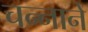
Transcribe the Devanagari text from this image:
चन्‍नाने